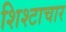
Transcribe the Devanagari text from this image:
शिश्टाचार